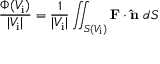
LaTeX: { \frac { \Phi ( V _ { \mathrm { i } } ) } { | V _ { \mathrm { i } } | } } = { \frac { 1 } { | V _ { \mathrm { i } } | } } \iint _ { S ( V _ { \mathrm { i } } ) } \mathbf { F } \cdot \mathbf { \hat { n } } \; d S